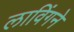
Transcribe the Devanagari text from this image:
लाविंगने